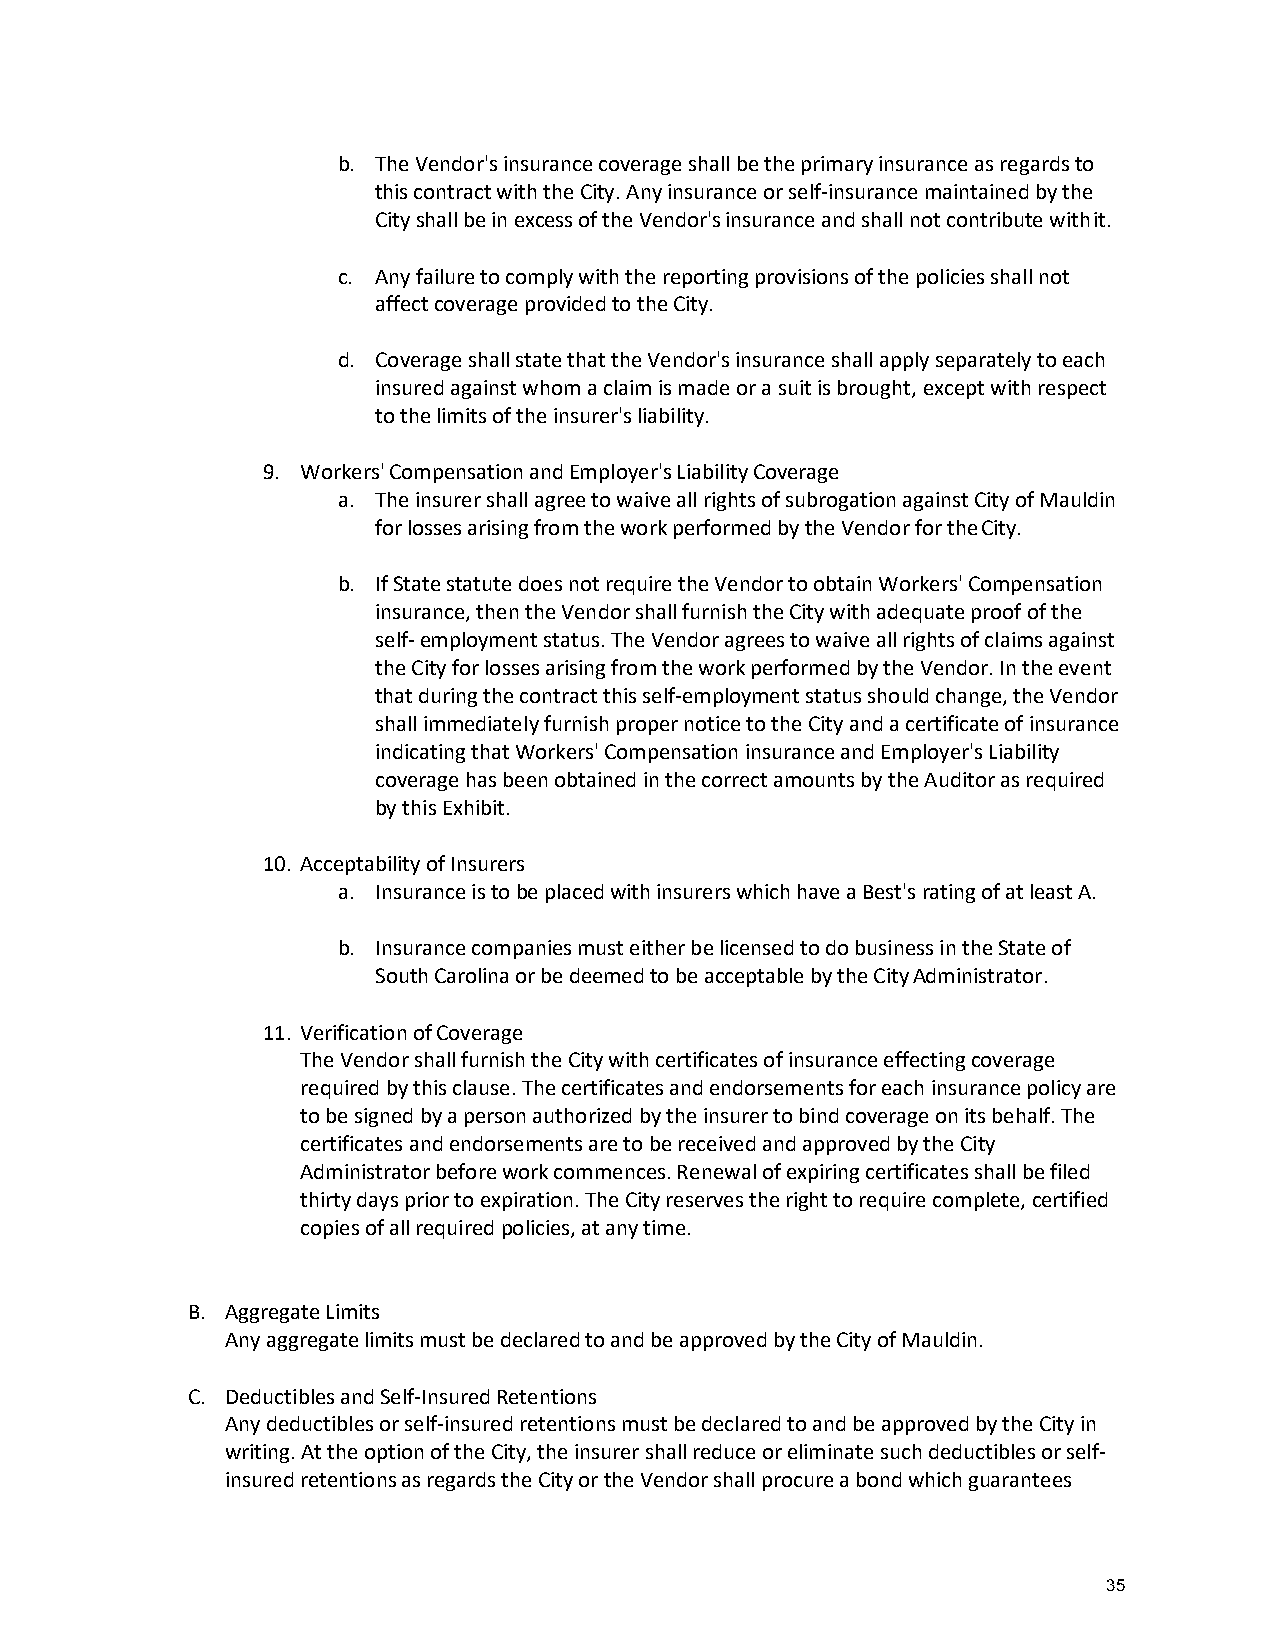
b. The Vendor's insurance coverage shall be the primary insurance as regards to
 this contract with the City. Any insurance or self-insurance maintained by the
 City shall be in excess of the Vendor's insurance and shall not contribute with it.
 c. Any failure to comply with the reporting provisions of the policies shall not
 affect coverage provided to the City.
 d. Coverage shall state that the Vendor's insurance shall apply separately to each
 insured against whom a claim is made or a suit is brought, except with respect
 to the limits of the insurer's liability.
 9. Workers' Compensation and Employer's Liability Coverage
 a. The insurer shall agree to waive all rights of subrogation against City of Mauldin
 for losses arising from the work performed by the Vendor for the City.
 b. If State statute does not require the Vendor to obtain Workers' Compensation
 insurance, then the Vendor shall furnish the City with adequate proof of the
 self- employment status. The Vendor agrees to waive all rights of claims against
 the City for losses arising from the work performed by the Vendor. In the event
 that during the contract this self-employment status should change, the Vendor
 shall immediately furnish proper notice to the City and a certificate of insurance
 indicating that Workers' Compensation insurance and Employer's Liability
 coverage has been obtained in the correct amounts by the Auditor as required
 by this Exhibit.
 10. Acceptability of Insurers
 a. Insurance is to be placed with insurers which have a Best's rating of at least A.
 b. Insurance companies must either be licensed to do business in the State of
 South Carolina or be deemed to be acceptable by the City Administrator.
 11. Verification of Coverage
 The Vendor shall furnish the City with certificates of insurance effecting coverage
 required by this clause. The certificates and endorsements for each insurance policy are
 to be signed by a person authorized by the insurer to bind coverage on its behalf. The
 certificates and endorsements are to be received and approved by the City
 Administrator before work commences. Renewal of expiring certificates shall be filed
 thirty days prior to expiration. The City reserves the right to require complete, certified
 copies of all required policies, at any time.
 B. Aggregate Limits
 Any aggregate limits must be declared to and be approved by the City of Mauldin.
 C. Deductibles and Self-Insured Retentions
 Any deductibles or self-insured retentions must be declared to and be approved by the City in
 writing. At the option of the City, the insurer shall reduce or eliminate such deductibles or self-
 insured retentions as regards the City or the Vendor shall procure a bond which guarantees
 35